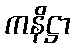
ကနိဋ္ဌာ